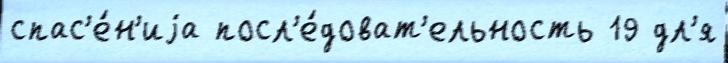
спас'е́н'иjа посл'е́доват'ельность 19 дл'я